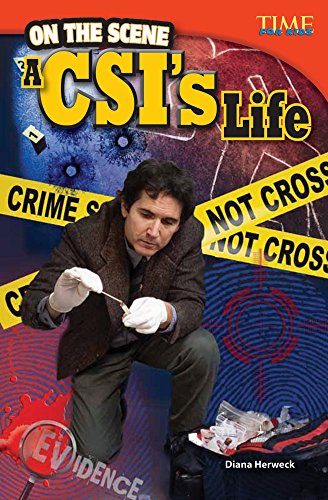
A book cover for On the Scene: A CSI's Life (Time for Kids Nonfiction Readers); Diana Herweck; Children's Books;